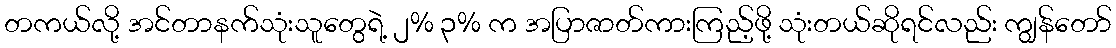
တကယ်လို့ အင်တာနက်သုံးသူတွေရဲ့ ၂% ၃% က အပြာဇာတ်ကားကြည့်ဖို့ သုံးတယ်ဆိုရင်လည်း ကျွန်တော်